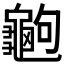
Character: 𪚶